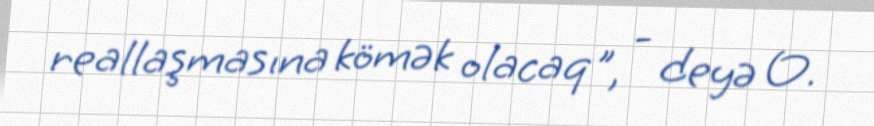
reallaşmasına kömək olacaq", - deyə O.